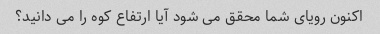
اکنون رویای شما محقق می شود آیا ارتفاع کوه را می دانید؟